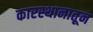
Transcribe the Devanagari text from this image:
कारस्थानातून